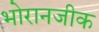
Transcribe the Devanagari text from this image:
भोरानजीक